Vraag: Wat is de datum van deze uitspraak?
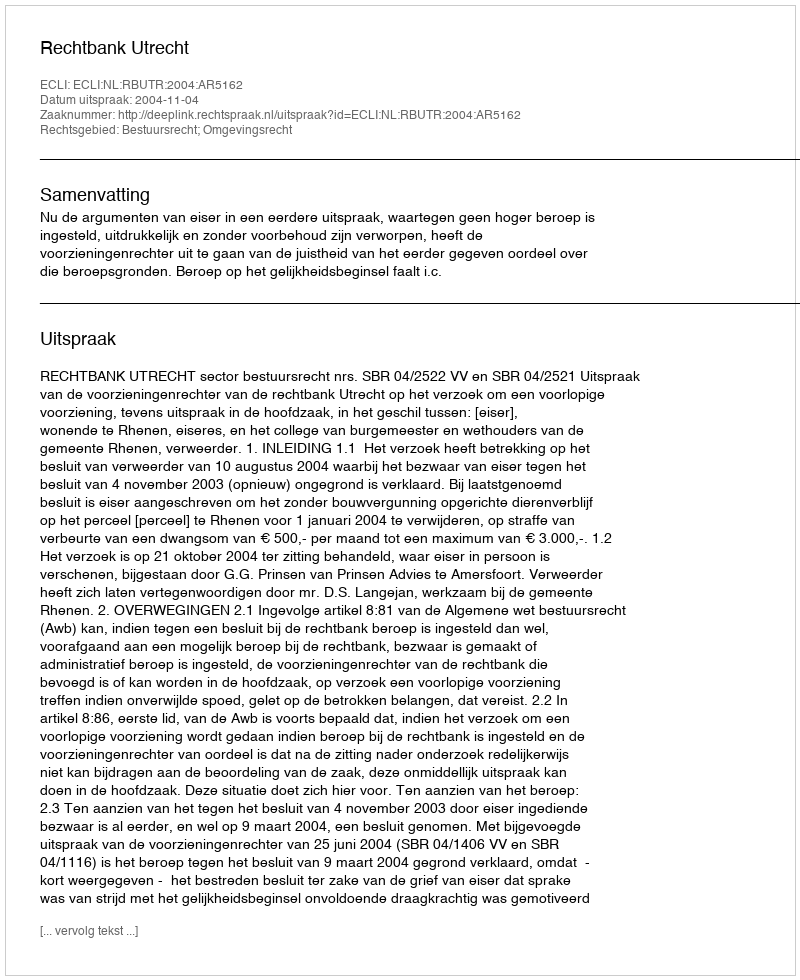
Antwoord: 2004-11-04